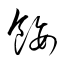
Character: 餒